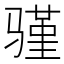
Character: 𬴆